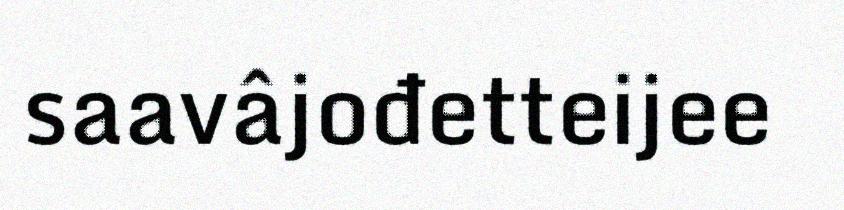
saavâjođetteijee